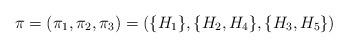
LaTeX: \begin{align*}\pi = (\pi_1, \pi_2, \pi_3) = (\{H_1\}, \{H_2, H_4\}, \{H_3, H_5\})\end{align*}